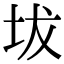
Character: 坺